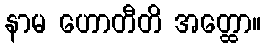
နာမ ဟောတီတိ အတ္ထော။